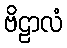
ဗိဠာလံ